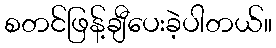
စတင်ဖြန့်ချီပေးခဲ့ပါတယ်။